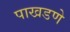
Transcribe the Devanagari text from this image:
पाखडणे